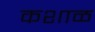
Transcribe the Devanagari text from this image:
कशाळ